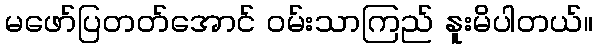
မဖော်ပြတတ်အောင် ဝမ်းသာကြည် နူးမိပါတယ်။